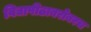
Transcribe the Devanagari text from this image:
विद्यापीठाबरोबरच